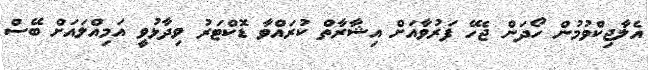
އެލާޖިކްވުމުން ހޯދަން ޖެހޭ ފަރުވާއަށް އިޝާރާތް ކުރައްވާ ޑޮކްޓަރު ވިދާޅުވީ އަމިއްލައަށް ބޭސް